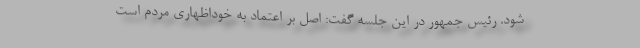
شود. رئیس جمهور در این جلسه گفت: اصل بر اعتماد به خوداظهاری مردم است